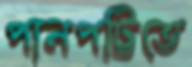
পানপট্টিতে